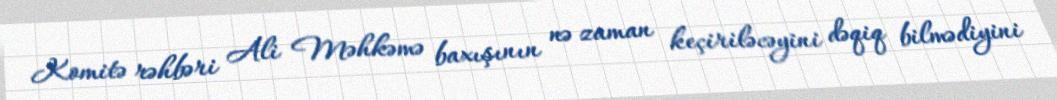
Komitə rəhbəri Ali Məhkəmə baxışının nə zaman keçiriləcəyini dəqiq bilmədiyini